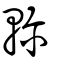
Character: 𨋎